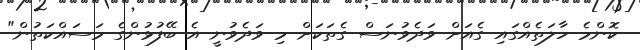
ކޮންމެ ހާލަތެއްގައި ގެއަށް ވަދެވުނަސް ގެތަކަށް މި ވަދެވުނީ އެ ބޭފުޅުންގެ މަސައްކަތުން"